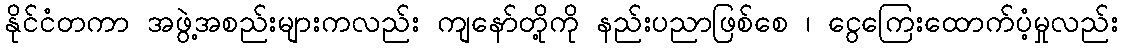
နိုင်ငံတကာ အဖွဲ့အစည်းများကလည်း ကျနော်တို့ကို နည်းပညာဖြစ်စေ ၊ ငွေကြေးထောက်ပံ့မှုလည်း